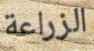
الزراعة